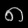
Digit: ၈